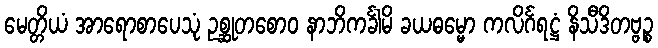
မေတ္တိယံ အာရောစာပေသုံ ဥစ္ဆုတစောဝ နာဘိကင်္ခါမိ ခယဓမ္မော ကလိင်္ဂရဋ္ဌံ နိသီဒိတဗ္ဗဉ္စ